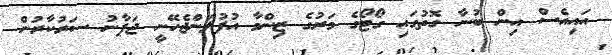
އައިއެސް އިން ބުނާ ގޮތުގައި ގޯޓޯގެ މަރުގެ ޒިންމާ އުފުލަންޖެހޭނީ ޖަޕާނު ސަރުކާރުން